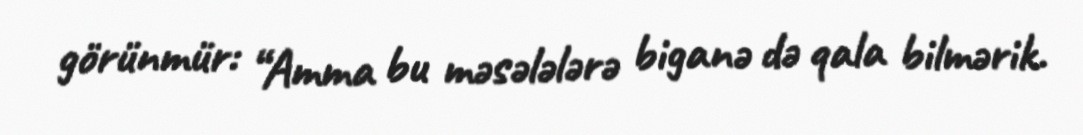
görünmür: “Amma bu məsələlərə biganə də qala bilmərik.